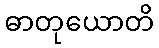
ဓာတုယောတိ